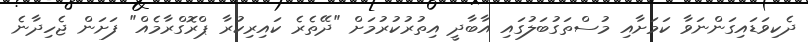
ދެކިވަޑައިގަންނަވާ ކަމަށާއި މުސްތަގުބަލުގައި އާބާދީ އިތުރުކުރުމަށް "ދޭތެރެ ކައިރިކުރާ ޕްރޮގްރާމެއް" ފަށަން ޖެހިދާނެ